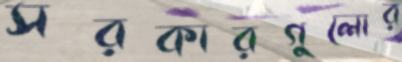
সরকারগুলোর